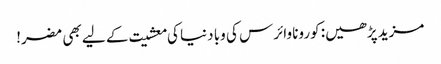
مزید پڑھیں: کورونا وائرس کی وبا دنیا کی معشیت کے لیے بھی مضر!